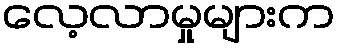
လေ့လာမှုများက